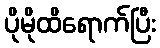
ပိုမိုထိရောက်ပြီး